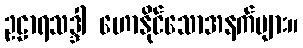
ဥဠာရသဒ္ဒါ ဟောနိုင်သောအနက်များ။